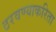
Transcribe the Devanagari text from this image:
ठरवण्याकरिता